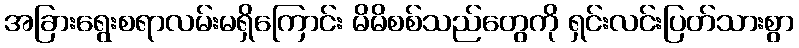
အခြားရွေးစရာလမ်းမရှိကြောင်း မိမိစစ်သည်တွေကို ရှင်းလင်းပြတ်သားစွာ